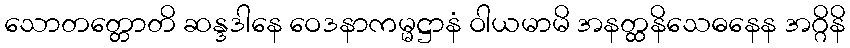
သောတတ္တောတိ ဆန္ဒဒါနေ ဝေဒနာကမ္မဋ္ဌာနံ ဝါယမာမိ အနတ္ထနိသေဓနေန အဂ္ဂိနိ